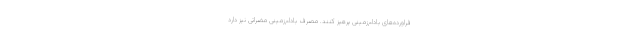
فراورده‌های بادام‌زمینی پرهیز کنند. مصرف بادام‌زمینی مضراتی نیز دارد